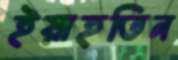
ইয়াহতিন